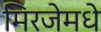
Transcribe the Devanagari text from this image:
मिरजेमधे